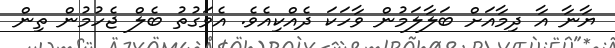
ޔާނާ އާ ދިމާއަށް ބަލާލަމުން ވާހަކަ ދެއްކިއެވެ. އެވަގުތު ބެލް ޖެހުމުން ތިން